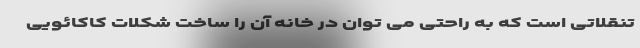
تنقلاتی است که به راحتی می توان در خانه آن را ساخت شکلات کاکائویی